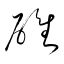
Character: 碓